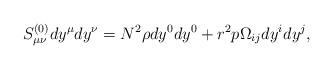
LaTeX: \begin{align*}S^{(0)}_{\mu\nu}dy^{\mu}dy^{\nu} = N^2\rho dy^0dy^0 + r^2p\Omega_{ij}dy^idy^j,\end{align*}